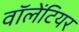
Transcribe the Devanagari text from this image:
वॉलेंटियर